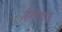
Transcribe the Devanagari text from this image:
हिप्पियाज़